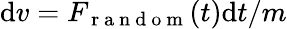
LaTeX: \mathrm{d}v=F_{\mathrm{~r~a~n~d~o~m~}}(t)\mathrm{d}t/m